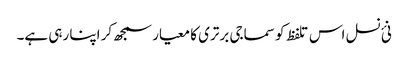
نئ نسل اس تلفظ کو سماجی برتری کا معیار سمجھ کر اپنا رہی ہے۔